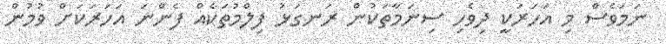
ނަމަވެސް މި އަހަރަކީ ދިވެހި ސިނަމާތަކުން ރަނގަޅު ފިލްމުތަކެއް ފެންނަ އަހަރަކަށް ވުމުން